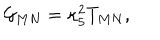
{ \cal G } _ { M N } = \kappa _ { 5 } ^ { 2 } T _ { M N } ,